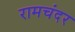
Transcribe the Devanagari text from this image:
रामचंदर